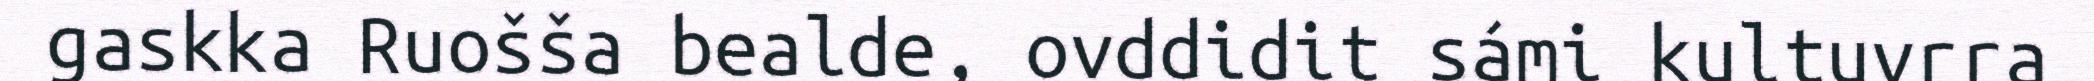
gaskka Ruošša bealde, ovddidit sámi kultuvrra